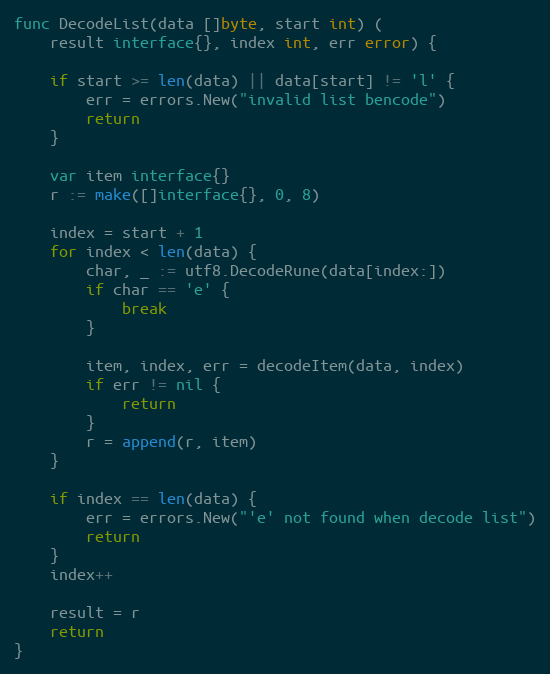
Language: Go
func DecodeList(data []byte, start int) (
	result interface{}, index int, err error) {

	if start >= len(data) || data[start] != 'l' {
		err = errors.New("invalid list bencode")
		return
	}

	var item interface{}
	r := make([]interface{}, 0, 8)

	index = start + 1
	for index < len(data) {
		char, _ := utf8.DecodeRune(data[index:])
		if char == 'e' {
			break
		}

		item, index, err = decodeItem(data, index)
		if err != nil {
			return
		}
		r = append(r, item)
	}

	if index == len(data) {
		err = errors.New("'e' not found when decode list")
		return
	}
	index++

	result = r
	return
}